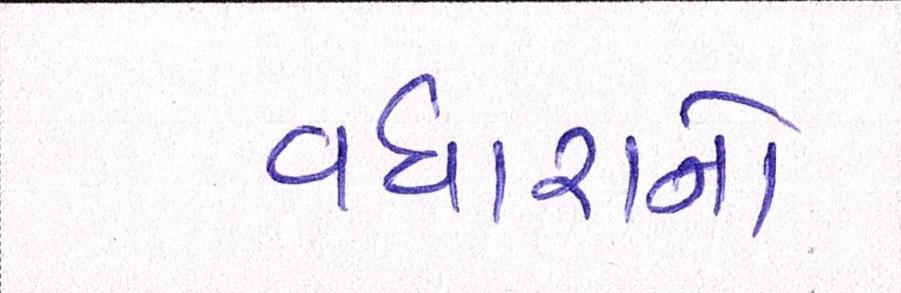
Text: વધારાનો